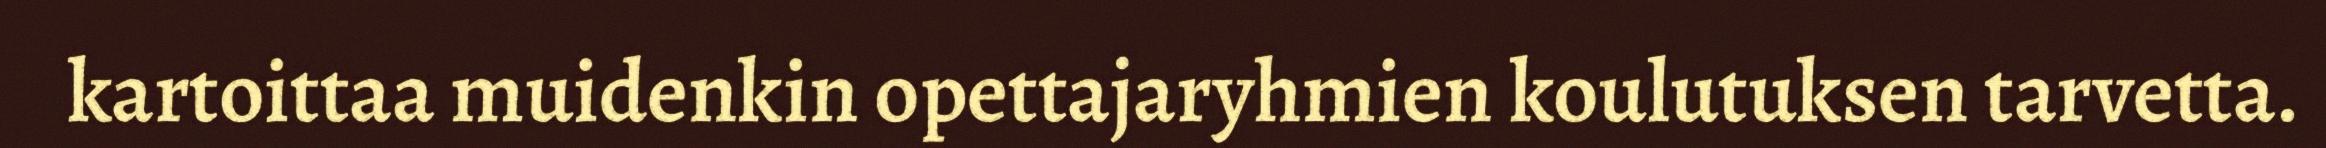
kartoittaa muidenkin opettajaryhmien koulutuksen tarvetta.